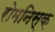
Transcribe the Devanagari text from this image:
रोमनिस्क़